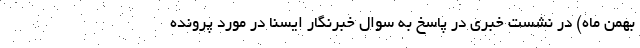
بهمن ماه) در نشست خبری در پاسخ به سوال خبرنگار ایسنا در مورد پرونده